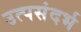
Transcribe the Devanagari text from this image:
उत्पसंदर्भ